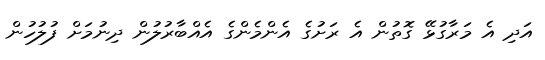
އަދި އެ މަރާގުޅޭ ގޮތުން އެ ރަށުގެ އެންމެންގެ އެއްބާރުލުން ދިނުމަށް ފުލުހުން